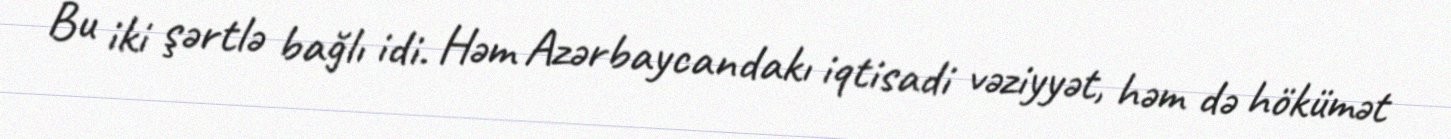
Bu iki şərtlə bağlı idi. Həm Azərbaycandakı iqtisadi vəziyyət, həm də hökümət